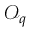
\mathcal { O } _ { q }